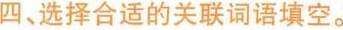
四、选择合适的关联词语填空。